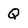
Character: Q